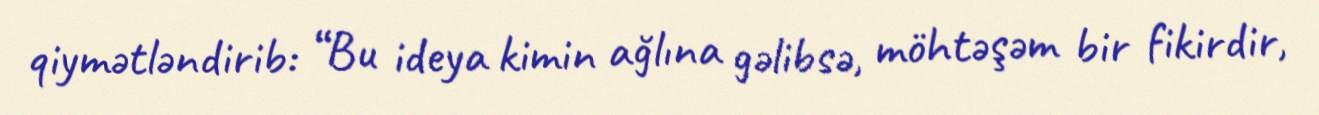
qiymətləndirib: “Bu ideya kimin ağlına gəlibsə, möhtəşəm bir fikirdir,